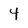
Character: 4